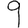
Digit: 9